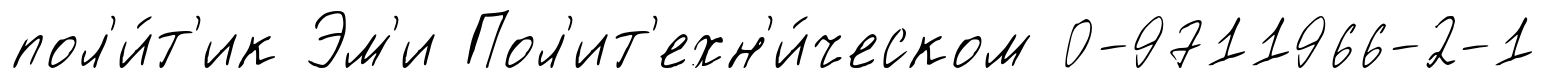
пол'и́т'ик Эм'и Пол'ит'ехн'и́ческом 0-9711966-2-1